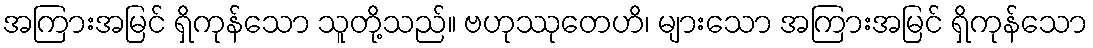
အကြားအမြင် ရှိကုန်သော သူတို့သည်။ ဗဟုဿုတေဟိ၊ များသော အကြားအမြင် ရှိကုန်သော